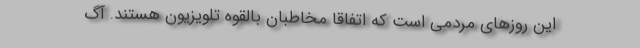
این روزهای مردمی است که اتفاقا مخاطبانِ بالقوه تلویزیون هستند. آگ